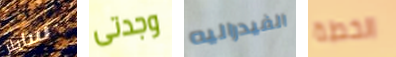
سايلر وجدتى الفيدراليه الخطة